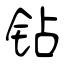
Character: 钻